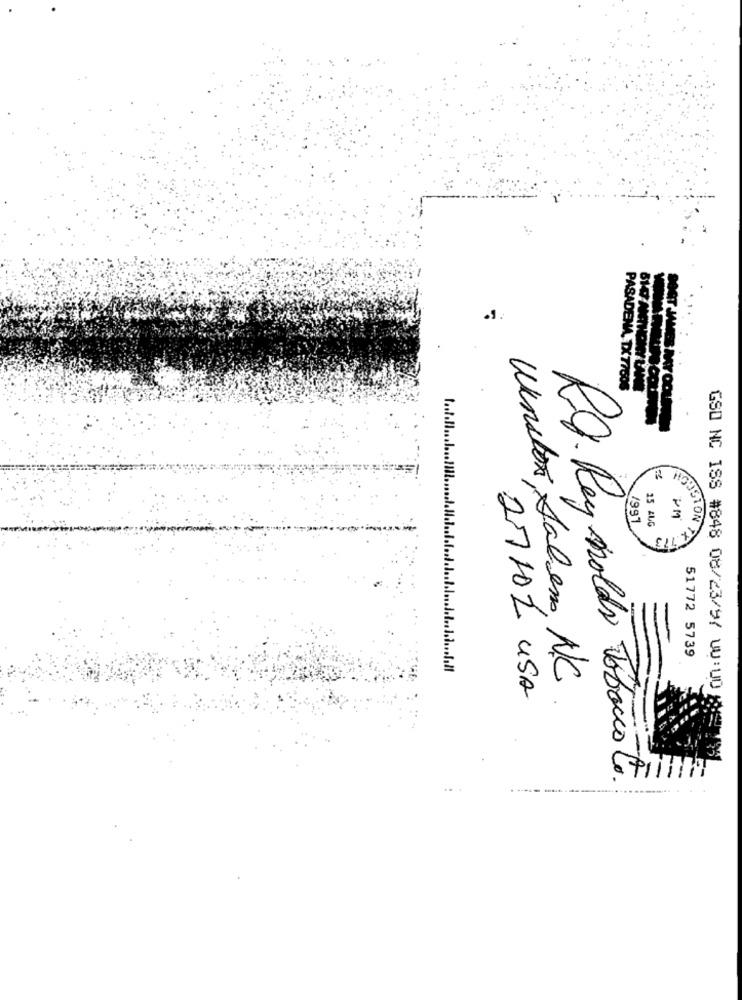
PASAD
.1.
MA, TX 77605
1991
25 ALG
PM
.773
HOUSTON TE
51772 5739
Winston Salem, N.C
27101 USA
GSO NC ISS #848 08/23/97 UU:UD 200
Rd. Rey moldes Tobacco